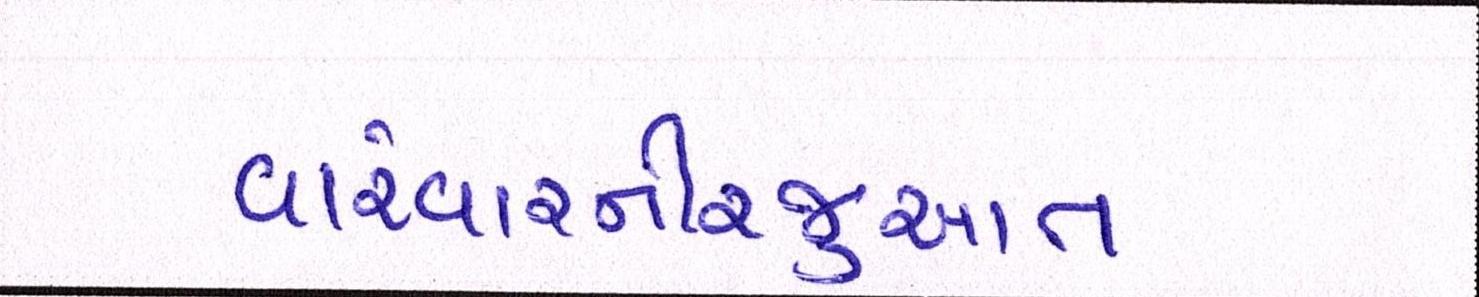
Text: વારંવારનીરજુઆત